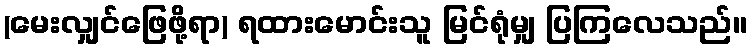
(မေးလျှင်ဖြေဖို့ရာ) ရထားမောင်းသူ မြင်ရုံမျှ ပြကြလေသည်။